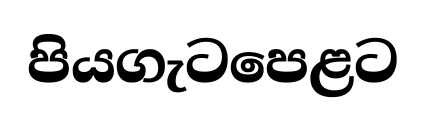
පියගැටපෙළට